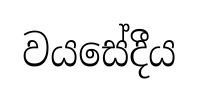
වයසේදීය